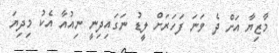
މާޒިޔާ އަށް ދެ ވަނަ ފަހަރަށް ލީޑު ނަގައިދިނީ ނިއުއާ އެކު މިދިޔަ